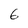
Character: 6